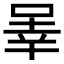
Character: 𪡒